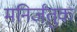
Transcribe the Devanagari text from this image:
मनिर्जंतुक